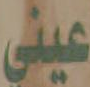
عيني